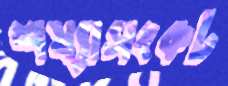
শয্যাসংকট